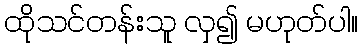
ထိုသင်တန်းသူ လှ၍ မဟုတ်ပါ။